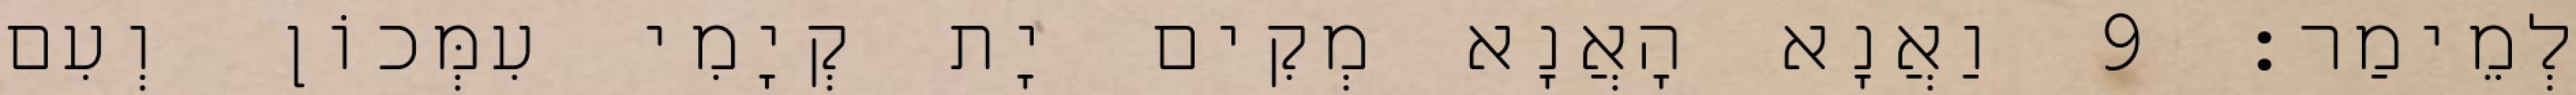
לְמֵימַר׃ 9 וַאֲנָא הָאֲנָא מְקִים יָת קְיָמִי עִמְּכוֹן וְעִם